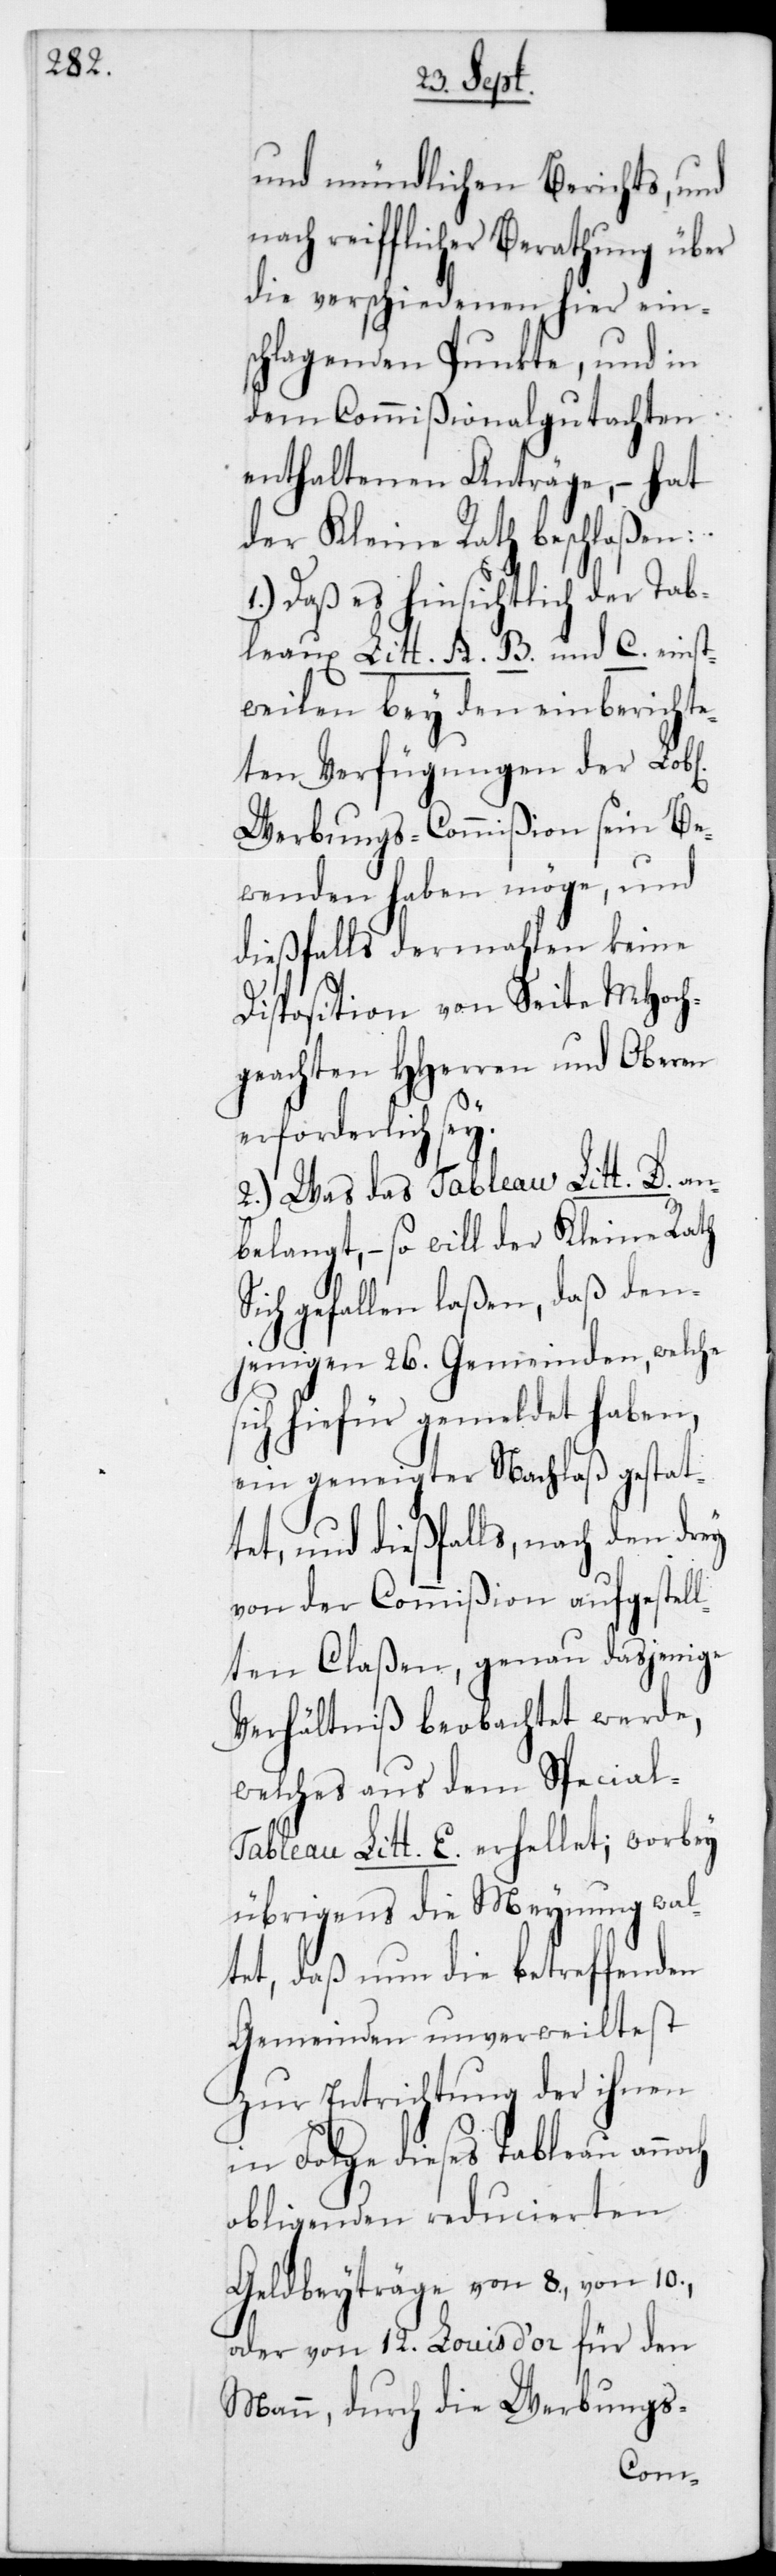
und mündlichen Berichts und
nach reiflicher Berathung über
die verschiedenen hier ein¬
schlagenden Punkte, und in
dem Commißionalgutachten
enthaltenen Anträge, – hat
der Kleine Rath beschloßen:
1.) daß es hinsichtlich der Tab¬
leaux Litt. A., B., und C. einst¬
weilen bey den einberichte¬
ten Verfügungen der Lo¬
Werbungs-Commißion sein Be¬
wenden haben möge, und
dießfalls dermahlen keine
Disposition von Seite MHoch¬
geachten HHerren und Oberen
erforderlich
2.) Was das Tableau Litt. D. an¬
belangt, – so will der Kleine Rath
sich gefallen laßen, daß den¬
jenigen 26 Gemeinden, welche
sich hiefür gemeldet haben,
ein geneigter Nachlaß gestat¬
tet, und dießfalls, nach den drey
von der Commißion aufgestel¬
lten Claßen, genau dasjenige
Verhältniß beobachtet werde,
welches aus dem Special-T¬
ableau Litt. E. erhellet; worbei
übrigens die Meynung wal¬
tet, daß nun die betreffenden
Gemeinden unverweiltest
zur Entrichtung der ihnen
in Folge dieses Tableau annoch
obliegenden reducierten
Geldbeiträge von 8, von 10,
oder von 12 Louis d’or für den
Mann, durch die Werbungs-